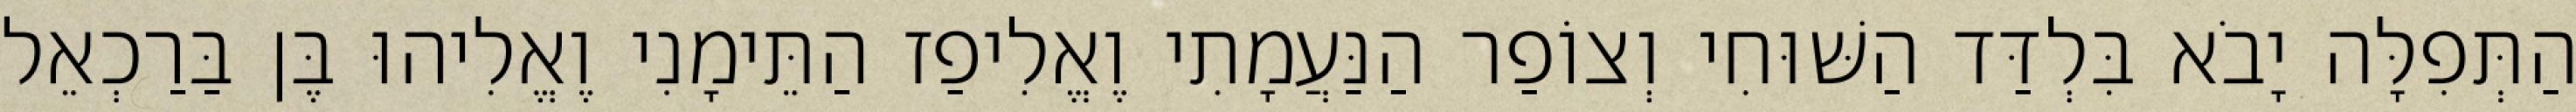
הַתְּפִלָּה יָבֹא בִּלְדַּד הַשּׁוּחִי וְצוֹפַר הַנַּעֲמָתִי וֶאֱלִיפַז הַתֵּימָנִי וֶאֱלִיהוּ בֶּן בַּרַכְאֵל